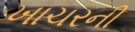
ખાચરની